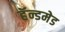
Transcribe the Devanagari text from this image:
हॅन्डमेड